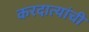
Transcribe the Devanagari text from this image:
करदात्यांची